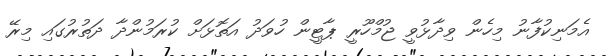
އެމަނިކުފާނު މިހެން ވިދާޅުވީ ޖުމްހޫރީ ޕާޓީން ހުވަދު އަތޮޅަށް ކުރަމުންދާ ދަތުރުގައި މިރޭ